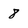
Character: 8